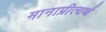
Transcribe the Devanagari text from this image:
मानाप्रीत्यर्थ